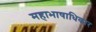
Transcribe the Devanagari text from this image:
महाभाषाधिकार